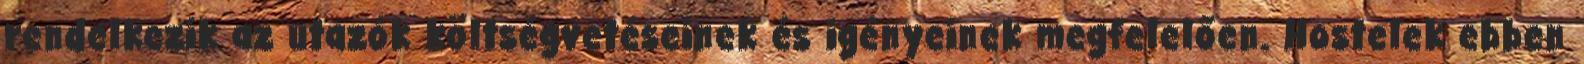
rendelkezik az utazók költségvetéseinek és igényeinek megfelelően. Hostelek ebben